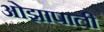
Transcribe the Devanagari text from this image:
ओझापाली